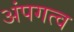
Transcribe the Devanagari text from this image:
अंपगत्व